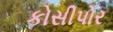
કોસીપોર